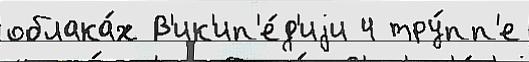
облака́х В'ик'ип'е́д'иjи 4 тру́пп'е